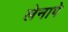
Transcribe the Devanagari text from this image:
लेनापे